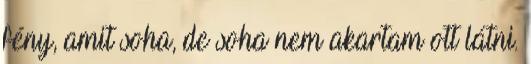
fény, amit soha, de soha nem akartam ott látni.